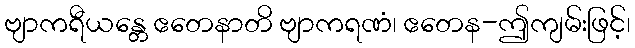
ဗျာကရီယန္တေ ဧတေနာတိ ဗျာကရဏံ၊ ဧတေန-ဤကျမ်းဖြင့်၊